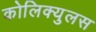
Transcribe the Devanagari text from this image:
कोलिक्युलस